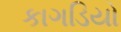
કાગડિયો